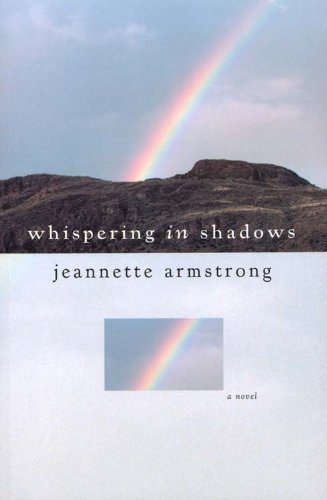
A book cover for Whispering in Shadows; Jeannette Armstrong; Literature & Fiction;